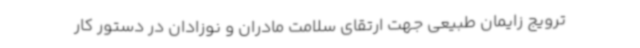
ترویج زایمان طبیعی جهت ارتقای سلامت مادران و نوزادان در دستور کار